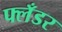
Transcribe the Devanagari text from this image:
फ्लँडर